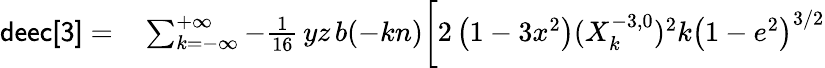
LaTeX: \begin{array}{rl}{{\sf deec[3]}=}&{{}\sum_{k=-\infty}^{+\infty}-\frac{1}{16}\, yz\, b(-kn)\bigg[2\left(1-3x^{2}\right)(X_{k}^{-3,0})^{2}k\left(1-e^{2}\right)^{3/2}}\end{array}